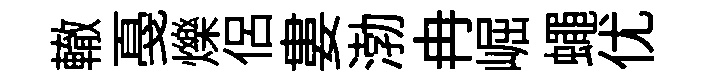
轍戞爍侣婁渤冉崛蠅优